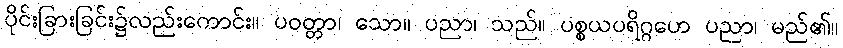
ပိုင်းခြားခြင်း၌လည်းကောင်း။ ပဝတ္တာ၊ သော။ ပညာ၊ သည်။ ပစ္စယပရိဂ္ဂဟေ ပညာ၊ မည်၏။